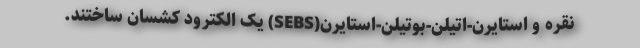
نقره و استایرن-اتیلن-بوتیلن-استایرن(SEBS) یک الکترود کشسان ساختند.